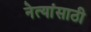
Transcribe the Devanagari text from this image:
नेत्यांसाठी